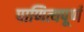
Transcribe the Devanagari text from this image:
पाणित्यपूर्ण